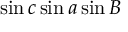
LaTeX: \sin c \sin a \sin B